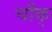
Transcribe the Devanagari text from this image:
चौक्